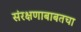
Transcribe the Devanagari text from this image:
संरक्षणाबाबतचा